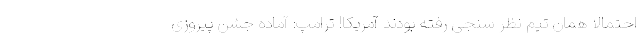
احتمالا همان تیم نظر سنجی رفته بودند آمریکا! ترامپ: آماده جشن پیروزی